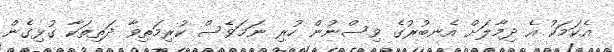
އެކަމަކު އެ ދިމާލަށް އެނބުރުގެ ވިސްނުން ހުރި ނަމަވެސް ކުރިމަތިވާ ދަތިތަކާ ގުޅިގެން